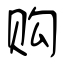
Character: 购